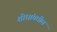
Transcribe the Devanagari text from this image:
शोधांमधील